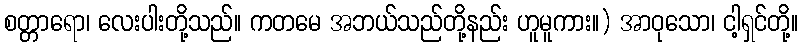
စတ္တာရော၊ လေးပါးတို့သည်။ ကတမေ အဘယ်သည်တို့နည်း ဟူမူကား။) အာဝုသော၊ ငါ့ရှင်တို့။